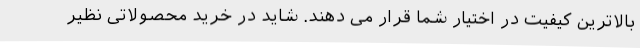
بالاترین کیفیت در اختیار شما قرار می دهند. شاید در خرید محصولاتی نظیر